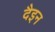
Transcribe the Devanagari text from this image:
दैइन